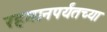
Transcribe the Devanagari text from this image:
रहमानपर्यंतच्या